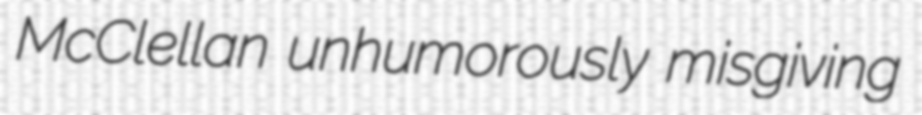
McClellan unhumorously misgiving